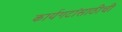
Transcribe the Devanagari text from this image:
कार्यगटांसाठीची